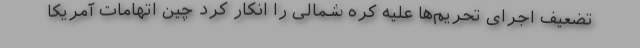
تضعیف اجرای تحریم‌ها علیه کره شمالی را انکار کرد چین اتهامات آمریکا